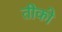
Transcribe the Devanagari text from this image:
तीको